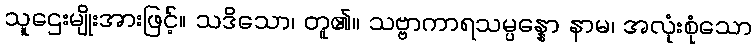
သူဌေးမျိုးအားဖြင့်။ သဒိသော၊ တူ၏။ သဗ္ဗာကာရသမ္ပန္နော နာမ၊ အလုံးစုံသော